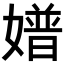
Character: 𡡝